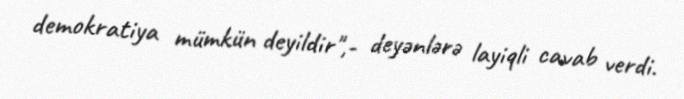
demokratiya mümkün deyildir",- deyənlərə layiqli cavab verdi.